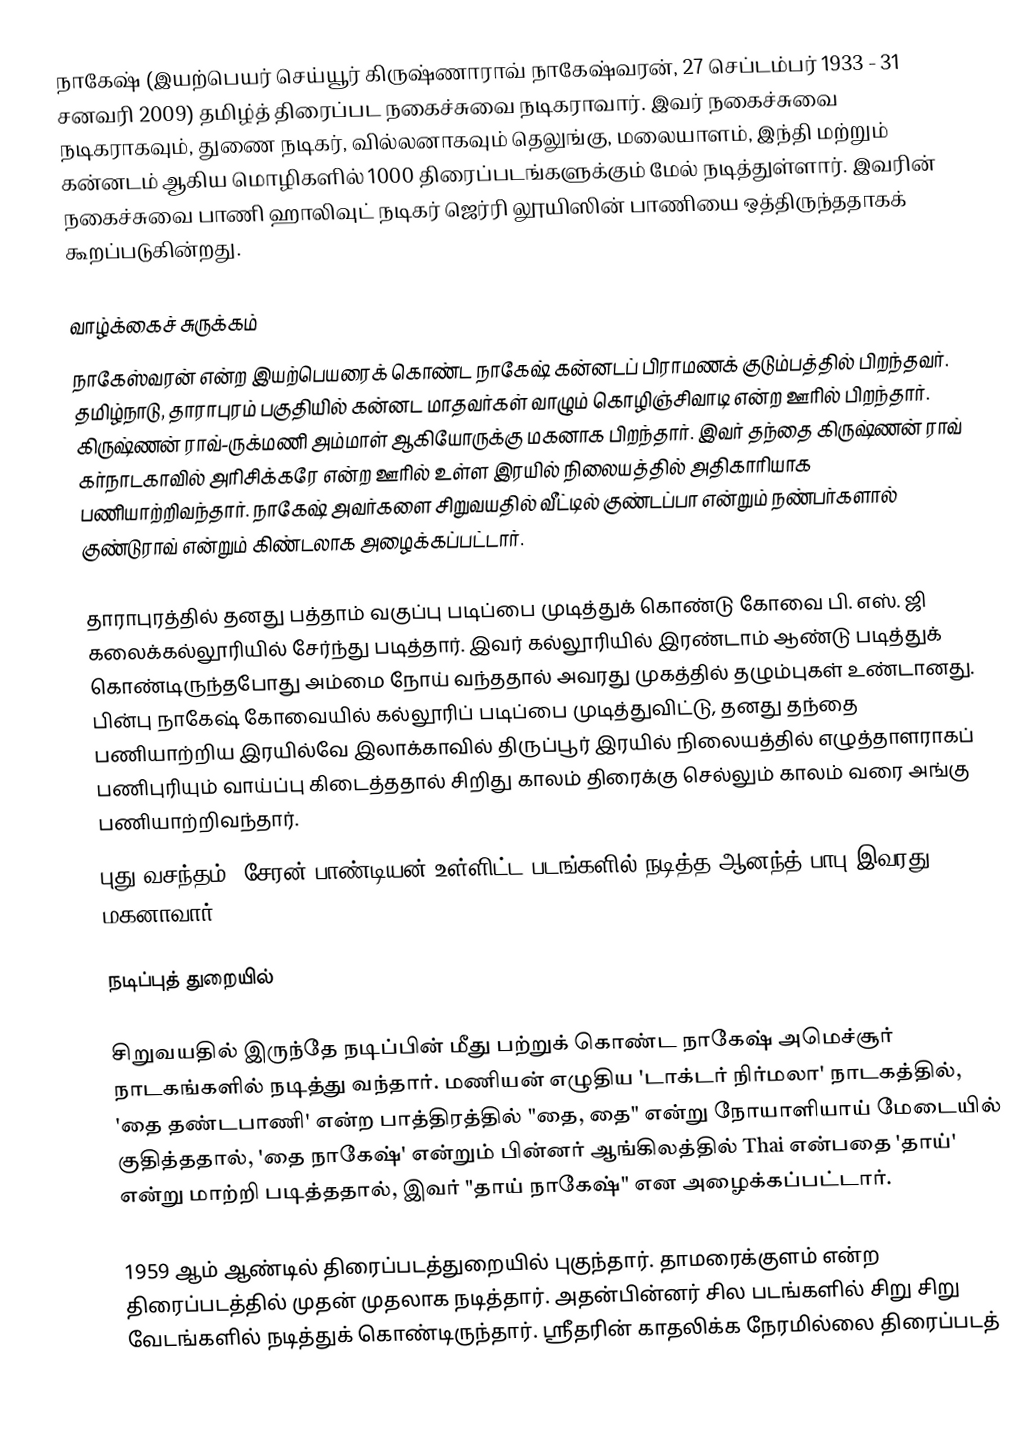
நாகேஷ் (இயற்பெயர் செய்யூர் கிருஷ்ணாராவ் நாகேஷ்வரன், 27 செப்டம்பர் 1933 - 31 சனவரி 2009) தமிழ்த் திரைப்பட நகைச்சுவை நடிகராவார். இவர் நகைச்சுவை நடிகராகவும், துணை நடிகர், வில்லனாகவும் தெலுங்கு, மலையாளம், இந்தி மற்றும் கன்னடம் ஆகிய மொழிகளில் 1000 திரைப்படங்களுக்கும் மேல் நடித்துள்ளார். இவரின் நகைச்சுவை பாணி ஹாலிவுட் நடிகர் ஜெர்ரி லூயிஸின் பாணியை ஒத்திருந்ததாகக் கூறப்படுகின்றது.

வாழ்க்கைச் சுருக்கம்
நாகேஸ்வரன் என்ற இயற்பெயரைக் கொண்ட நாகேஷ் கன்னடப் பிராமணக் குடும்பத்தில் பிறந்தவர். தமிழ்நாடு, தாராபுரம் பகுதியில் கன்னட மாதவர்கள் வாழும் கொழிஞ்சிவாடி என்ற ஊரில் பிறந்தார். கிருஷ்ணன் ராவ்-ருக்மணி அம்மாள் ஆகியோருக்கு மகனாக பிறந்தார். இவர் தந்தை கிருஷ்ணன் ராவ் கர்நாடகாவில் அரிசிக்கரே என்ற ஊரில் உள்ள இரயில் நிலையத்தில் அதிகாரியாக பணியாற்றிவந்தார். நாகேஷ் அவர்களை சிறுவயதில் வீட்டில் குண்டப்பா என்றும் நண்பர்களால் குண்டுராவ் என்றும் கிண்டலாக அழைக்கப்பட்டார்.

தாராபுரத்தில் தனது பத்தாம் வகுப்பு படிப்பை முடித்துக் கொண்டு கோவை பி. எஸ். ஜி கலைக்கல்லூரியில் சேர்ந்து படித்தார். இவர் கல்லூரியில் இரண்டாம் ஆண்டு படித்துக் கொண்டிருந்தபோது அம்மை நோய் வந்ததால் அவரது முகத்தில் தழும்புகள் உண்டானது. பின்பு நாகேஷ் கோவையில் கல்லூரிப் படிப்பை முடித்துவிட்டு, தனது தந்தை பணியாற்றிய இரயில்வே இலாக்காவில் திருப்பூர் இரயில் நிலையத்தில் எழுத்தாளராகப் பணிபுரியும் வாய்ப்பு கிடைத்ததால் சிறிது காலம் திரைக்கு செல்லும் காலம் வரை அங்கு பணியாற்றிவந்தார்.
புது வசந்தம், சேரன் பாண்டியன் உள்ளிட்ட படங்களில் நடித்த ஆனந்த் பாபு இவரது மகனாவார்.

நடிப்புத் துறையில்

சிறுவயதில் இருந்தே நடிப்பின் மீது பற்றுக் கொண்ட நாகேஷ் அமெச்சூர் நாடகங்களில் நடித்து வந்தார். மணியன் எழுதிய 'டாக்டர் நிர்மலா' நாடகத்தில், 'தை தண்டபாணி' என்ற பாத்திரத்தில் "தை, தை" என்று நோயாளியாய் மேடையில் குதித்ததால், 'தை நாகேஷ்' என்றும் பின்னர் ஆங்கிலத்தில் Thai என்பதை 'தாய்' என்று மாற்றி படித்ததால், இவர் "தாய் நாகேஷ்" என அழைக்கப்பட்டார்.

1959 ஆம் ஆண்டில் திரைப்படத்துறையில் புகுந்தார். தாமரைக்குளம் என்ற திரைப்படத்தில் முதன் முதலாக நடித்தார். அதன்பின்னர் சில படங்களில் சிறு சிறு வேடங்களில் நடித்துக் கொண்டிருந்தார். ஸ்ரீதரின் காதலிக்க நேரமில்லை திரைப்படத்